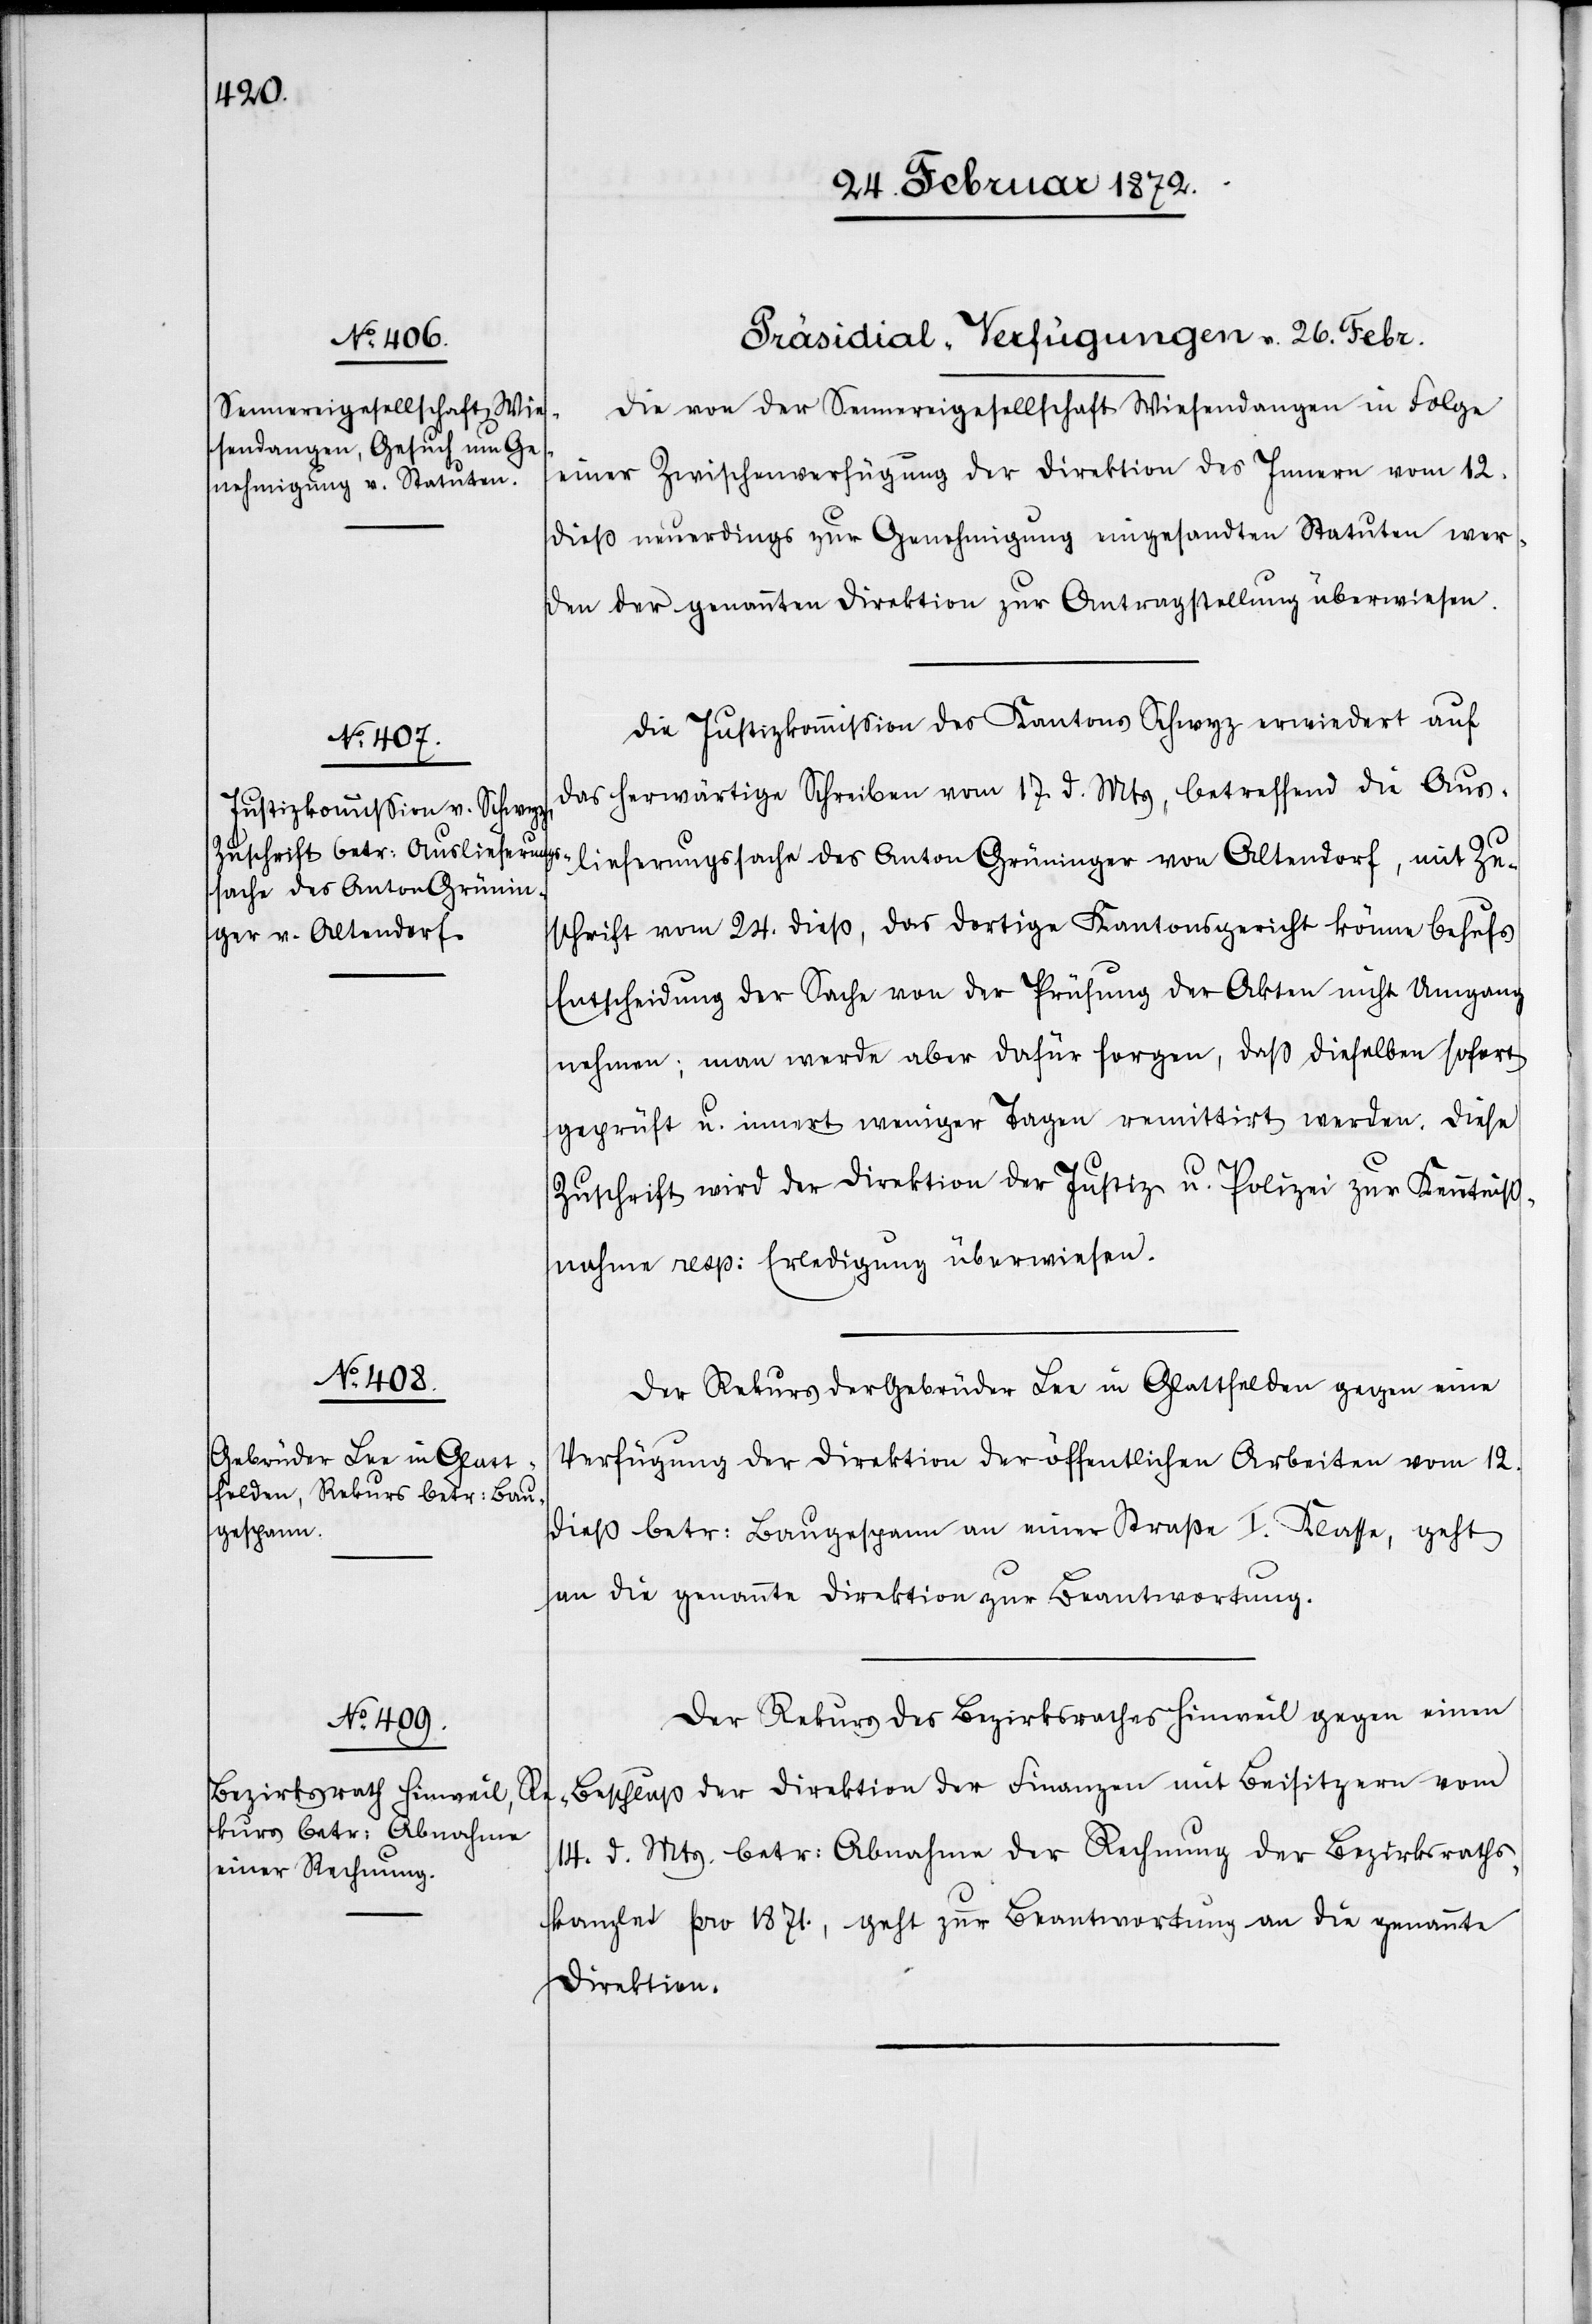
[Präsidial-Verfügungen v. 26. Febr.]
Die von der Sennereigesellschaft Wiesendangen in Folge
einer Zwischenverfügung der Direktion des Innern vom 12.
dieß neuerdings zur Genehmigung eingesandten Statuten wer¬
den der genannten Direktion zur Antragstellung überwiesen.
Die Justizkommission des Kantons Schwyz erwiedert auf
das herwärtige Schreiben vom 17. d. Mts, betreffend die Aus¬
lieferungssache des Anton Grüninger von Altendorf, mit Zu¬
schrift vom 24. dieß, das dortige Kantonsgericht könne behufs
Entscheidung der Sache von der Prüfung der Akten nicht Umgang
nehmen; man werde aber dafür sorgen, daß dieselben sofort
geprüft u. innert weniger Tagen remittirt werden. Diese
Zuschrift wird der Direktion der Justiz u. Polizei zur Kenntniß¬
nahme resp. Erledigung überwiesen.
Der Rekurs der Gebrüder Lee in Glattfelden gegen eine
Verfügung der Direktion der öffentlichen Arbeiten vom 12.
dieß betr. Baugespann an einer Straße I. Klasse, geht
an die genannte Direktion zur Beantwortung.
Der Rekurs des Bezirksrathes Hinweil gegen einen
Beschluß der Direktion der Finanzen mit Beisitzern vom
14. d. Mts. betr. Abnahme der Rechnung der Bezirksraths¬
kanzlei pro 1871., geht zur Beantwortung an die genannte
Direktion.